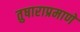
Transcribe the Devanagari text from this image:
तुषाराप्रमाणे